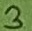
Text: 3